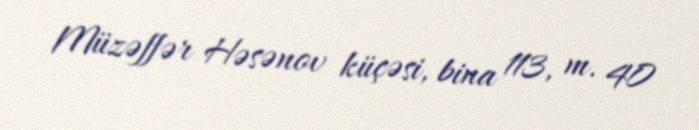
Müzəffər Həsənov küçəsi, bina 113, m. 40